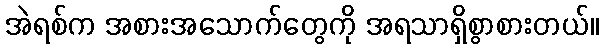
အဲရစ်က အစားအသောက်တွေကို အရသာရှိစွာစားတယ်။